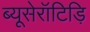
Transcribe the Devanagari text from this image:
ब्यूसेरॉटिड़ि